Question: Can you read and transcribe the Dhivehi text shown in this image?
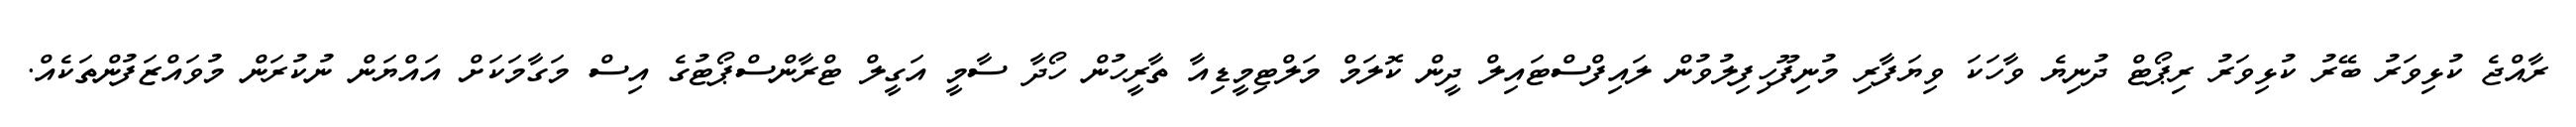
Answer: ރާއްޖެ ކުޅިވަރު ބޭރު ކުޅިވަރު ރިޕޯޓް ދުނިޔެ ވާހަކަ ވިޔަފާރި މުނިފޫހިފިލުވުން ލައިފްސްޓައިލް ދީން ކޮލަމް މަލްޓިމީޑިއާ ތާރީހުން ހޯދާ ސާމީ އަގީލް ޓްރާންސްޕޯޓުގެ އިސް މަގާމަކަށް އައްޔަން ނުކުރަން މުވައްޒަފުންތަކެއް.